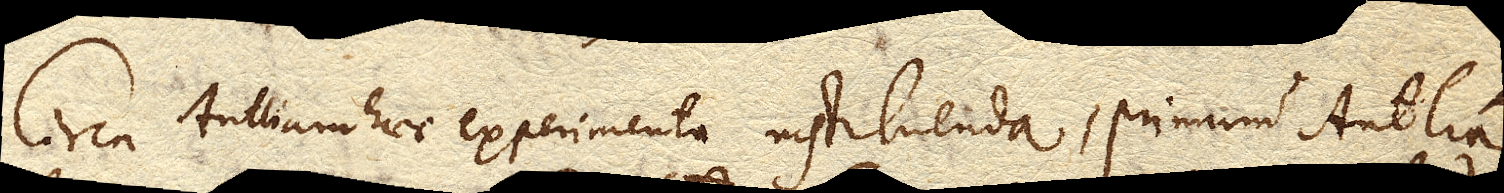
Circa Antliam haec experimenta instituenda, primum Antlia